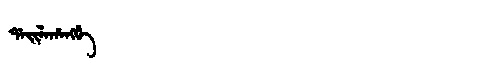
Manchu: ᡩᠠᡳᠯᠠᡥᠠᠩᡤᡝ
Romanization: DAILAHANGGE